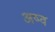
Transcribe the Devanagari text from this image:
अष्व